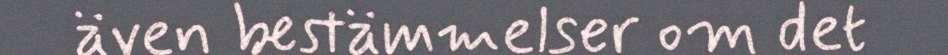
även bestämmelser om det